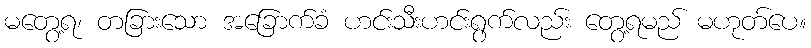
မတွေ့ရ၊ တခြားသော အခြောက်ခံ ဟင်းသီးဟင်းရွက်လည်း တွေ့ရမည် မဟုတ်ပေ။